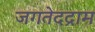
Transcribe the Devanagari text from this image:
जगतेदद्राम